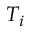
T _ { i }